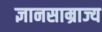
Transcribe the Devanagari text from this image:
ज्ञानसाम्राज्य